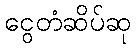
ငွေတံဆိပ်ဆု